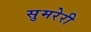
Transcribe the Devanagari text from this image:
सुमरेरी